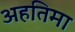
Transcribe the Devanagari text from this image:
अहतिमा